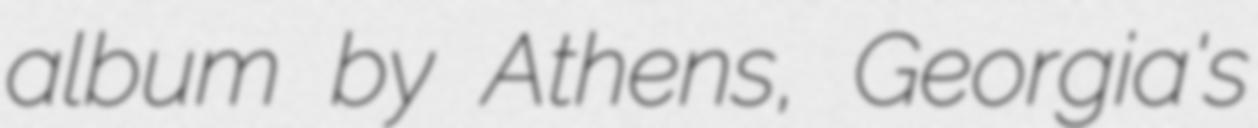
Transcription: album by Athens, Georgia's